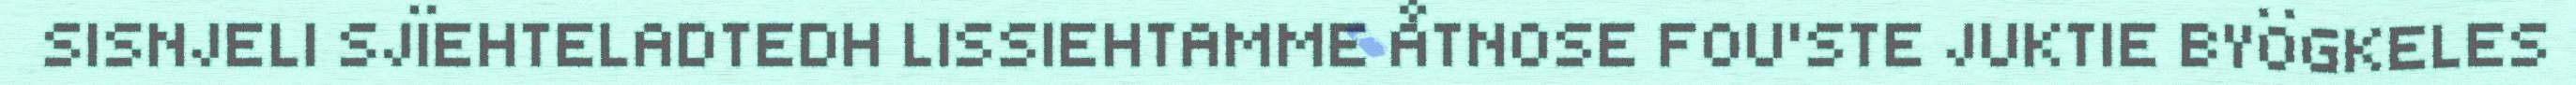
SISNJELI SJÏEHTELADTEDH LISSIEHTAMME ÅTNOSE FOU'STE JUKTIE BYÖGKELES